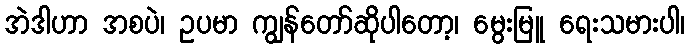
အဲဒါဟာ အစပဲ၊ ဥပမာ ကျွန်တော်ဆိုပါတော့၊ မွေးမြူ ရေးသမားပါ၊